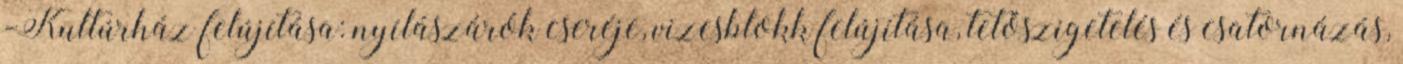
-Kultúrház felújítása: nyílászárók cseréje, vizesblokk felújítása, tetőszigetelés és csatornázás,